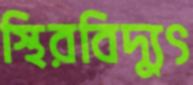
স্থিরবিদ্যুৎ